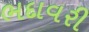
ભદાવરી